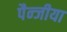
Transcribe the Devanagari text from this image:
पैन्जीया